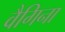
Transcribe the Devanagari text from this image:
वैगिना